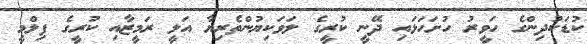
ކުޑަކުދިންގެ ހަވީރު ހުށަހަޅައި ދޭނީ ކުރީގެ ލަވަކިޔުންތެރިޔާ އަލީ ރަމީޒާއި ކުރީގެ ފިލްމީ